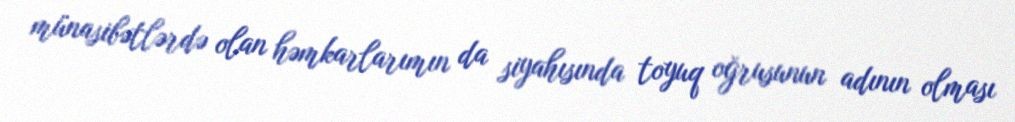
münasibətlərdə olan həmkarlarımın da siyahısında toyuq oğrusunun adının olması